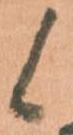
候